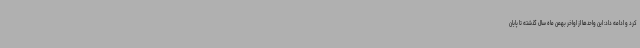
کرد و ادامه داد: این واحدها از اواخر بهمن ماه سال گذشته تا پایان